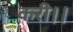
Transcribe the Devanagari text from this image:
करी।।